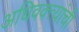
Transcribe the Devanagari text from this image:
अधिवक्त्यांची